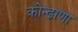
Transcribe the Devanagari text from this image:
कोन्ढाणा